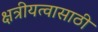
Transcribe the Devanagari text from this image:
क्षत्रीयत्वासाठी